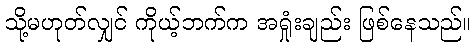
သို့မဟုတ်လျှင် ကိုယ့်ဘက်က အရှုံးချည်း ဖြစ်နေသည်။